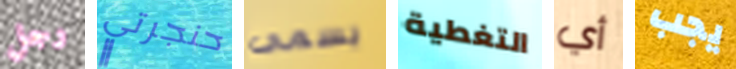
رجل حنجرتي يسمى التغطية أي يجب